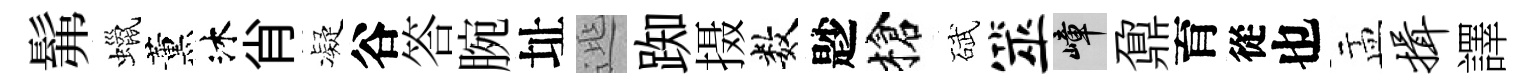
髴蠟薰沐肖凝谷答腕址𨓱踟摄数尟槍碔筮嶂鼐育從也盂揖譯